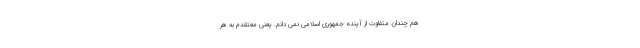
هم چندان متفاوت از آینده جمهوری اسلامی نمی دانم. یعنی معتقدم به هر